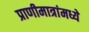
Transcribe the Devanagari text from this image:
प्राणीमात्रांमध्ये